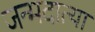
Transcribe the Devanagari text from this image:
जन्मदात्या